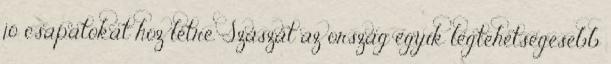
jó csapatokat hoz létre. Szaszát az ország egyik legtehetségesebb